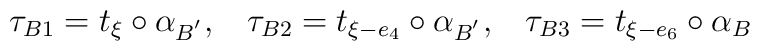
\tau_{B1}=t_{\xi}\circ \alpha_{B^{'}},\;\;\;\tau_{B2}=t_{\xi-e_4}\circ \alpha_{B^{'}},\;\;\;\tau_{B3}=t_{\xi-e_6}\circ \alpha_{B}